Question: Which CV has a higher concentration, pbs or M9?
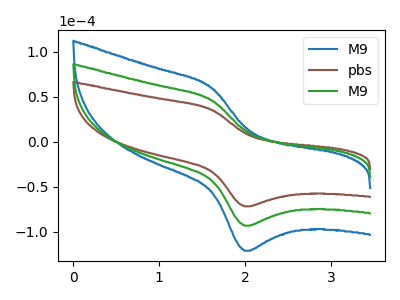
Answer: <think>The blue curve "M9" has an anodic peak at (1.60V, 92.90uA) and a cathodic peak at (2.00V, -186.85uA). The brown curve "pbs" has an anodic peak at (1.60V, 35.75uA) and a cathodic peak at (2.00V, -71.95uA). The green curve "M9" has an anodic peak at (1.60V, 46.45uA) and a cathodic peak at (2.00V, -93.45uA).
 All the peaks in "pbs" have a peak in "M9" at the same potential. Every peak in "pbs" is lower than every peak in "M9".</think>
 <answer>"pbs" has less signal than "M9" and so likely has a lower concentration.</answer>
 <eval>less_concentration</eval>